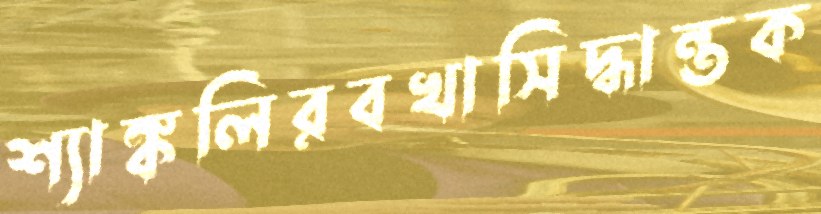
শ্যাঙ্কলিরবখাসিদ্ধান্তক